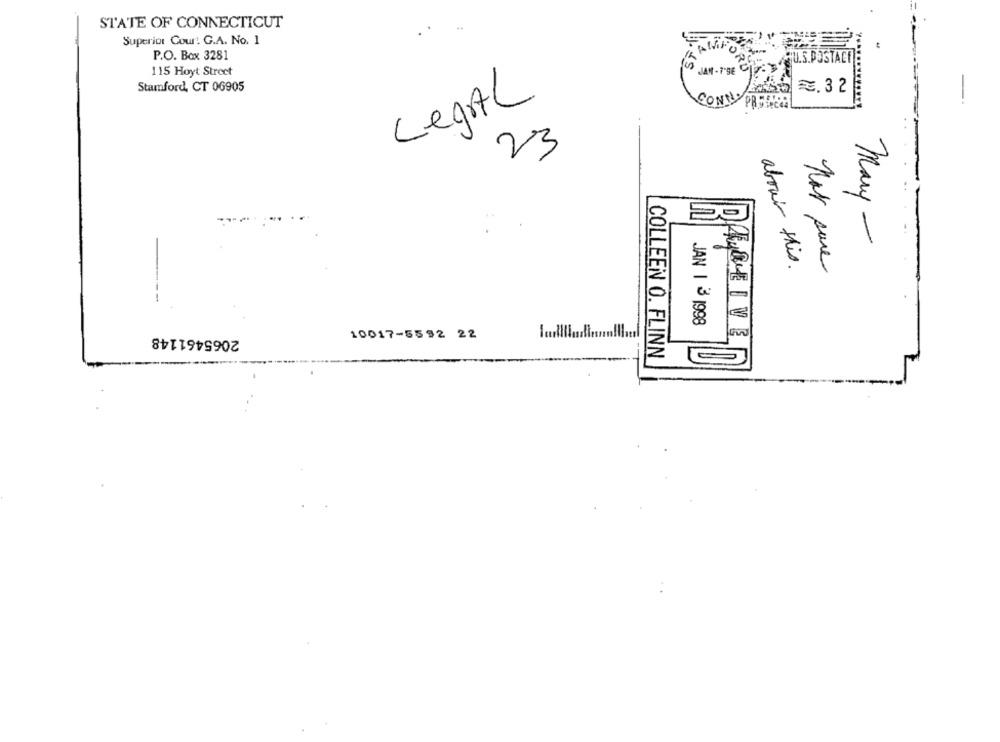
STATE OF CONNECTICUT
Superior Court G.A. No. 1
AMP
P.O. Box 3281
U.S.POSTACF
115 Hoyt Street
Stamford, CT 06905
₹.32
LepAL
CONNY
23
Mary -
about this.
not sure
JAN | 3 1998
2065461148
10017-5592 22
DABEIVE
COLLEEN O. FLINN